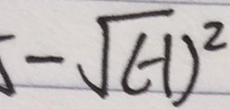
- \sqrt { ( - 1 ) ^ { 2 } }